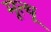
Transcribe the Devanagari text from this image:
मूत्थू